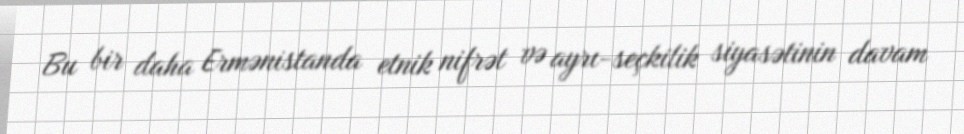
Bu bir daha Ermənistanda etnik nifrət və ayrı-seçkilik siyasətinin davam